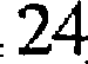
24